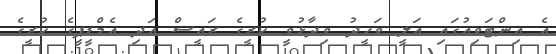
އެ އިންޓަވިއުގައި އަލީ ވަހީދު ވިދާޅުވީ ކުރީގެ ރައީސް އަދި އެމްޑީޕީގެ ކުރީގެ